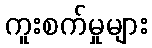
ကူးစက်မှုများ